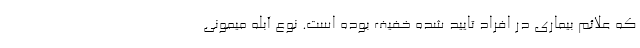
که علائم بیماری در افراد تایید شده خفیف بوده است. نوع آبله میمونی